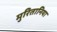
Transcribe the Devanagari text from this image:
मुरितानिया